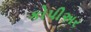
કોપીઅર